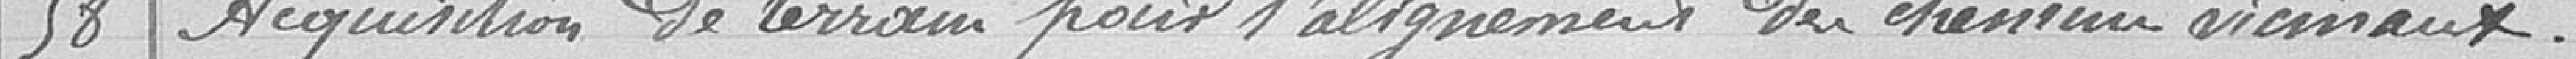
58 / Acquisition de terrain pour l'alignement des chemins vicinaux